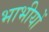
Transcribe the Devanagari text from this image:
भाभीयों